Civil Veterinary Dept. Bombay admin report 1914-1922 - 1914-1922
Year: 1914
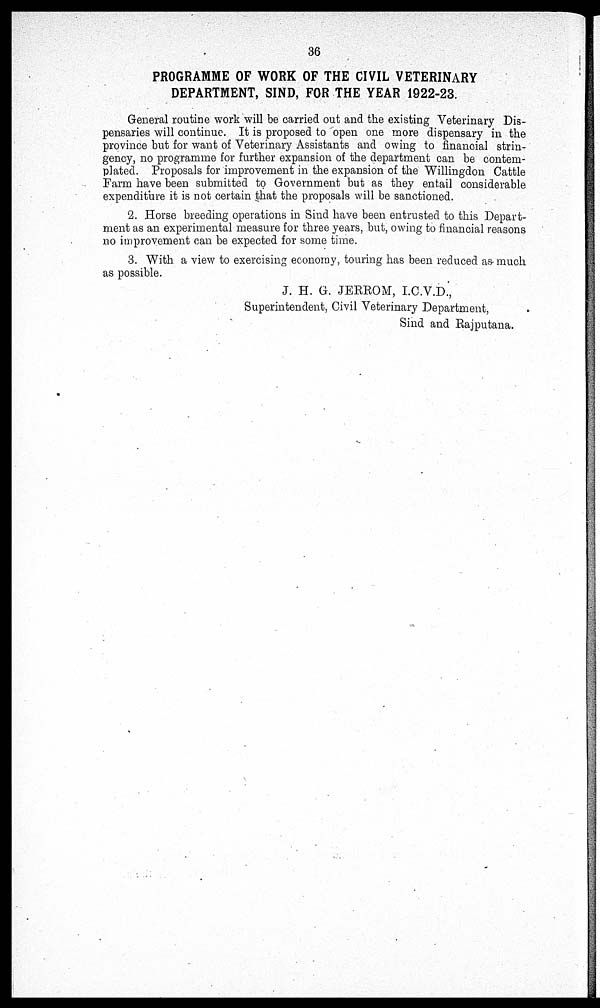
36
PROGRAMME OF WORK OF THE CIVIL VETERINARY
DEPARTMENT, SIND, FOR THE YEAR 1922-23.
General routine work will be carried out and the existing Veterinary Dis-
pensaries will continue. It is proposed to open one more dispensary in the
province but for want of Veterinary Assistants and owing to financial strin-
gency, no programme for further expansion of the department can be contem-
plated. Proposals for improvement in the expansion of the Willingdon Cattle
Farm have been submitted to Government but as they entail considerable
expenditure it is not certain that the proposals will be sanctioned.
2. Horse breeding operations in Sind have been entrusted to this Depart-
ment as an experimental measure for three years, but, owing to financial reasons
no improvement can be expected for some time.
3. With a view to exercising economy, touring has been reduced as much
as possible.
J. H. G. JERROM, I.C.V.D.,
Superintendent, Civil Veterinary Department,
Sind and Rajputana.